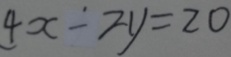
4 x - 2 y = 2 0